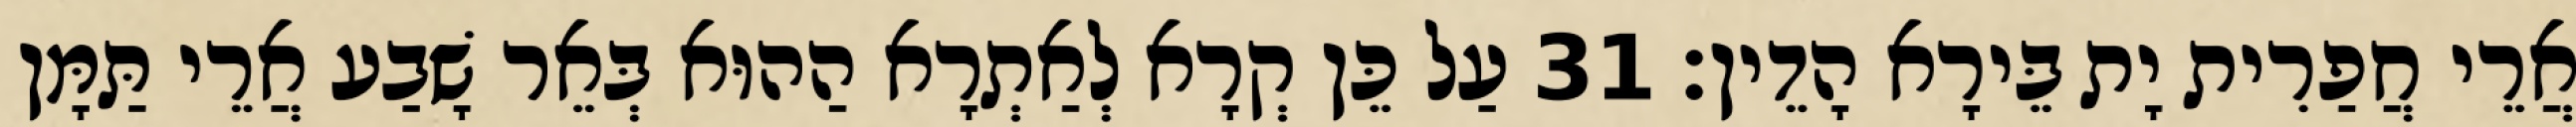
אֲרֵי חֲפַרִית יָת בֵּירָא הָדֵין׃ 31 עַל כֵּן קְרָא לְאַתְרָא הַהוּא בְּאֵר שָׁבַע אֲרֵי תַּמָּן